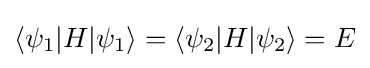
\langle \psi _{1}|H|\psi _{1}\rangle =\langle \psi _{2}|H|\psi _{2}\rangle =E